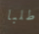
طلبا